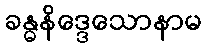
ခန္ဓနိဒ္ဒေသောနာမ